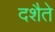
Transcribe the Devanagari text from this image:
दशैते